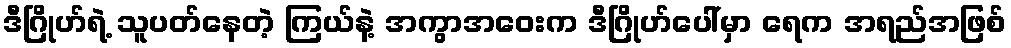
ဒီဂြိုဟ်ရဲ့ သူပတ်နေတဲ့ ကြယ်နဲ့ အကွာအဝေးက ဒီဂြိုဟ်ပေါ်မှာ ရေက အရည်အဖြစ်